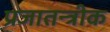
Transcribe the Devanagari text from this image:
प्रजातन्त्रीक